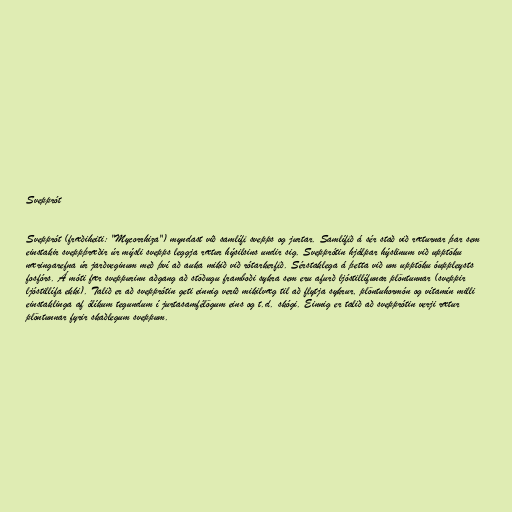
Svepprót

Svepprót (fræðiheiti: "Mycorrhiza") myndast við samlífi svepps og jurtar. Samlífið á sér stað við ræturnar þar sem
einstakir sveppþræðir úr mýsli svepps leggja rætur hýsilsins undir sig. Svepprótin hjálpar hýslinum við upptöku
næringarefna úr jarðveginum með því að auka mikið við rótarkerfið. Sérstaklega á þetta við um upptöku óuppleysts
fosfórs. Á móti fær sveppurinn aðgang að stöðugu framboði sykra sem eru afurð ljóstillífunar plöntunnar (sveppir
ljóstillífa ekki). Talið er að svepprótin geti einnig verið mikilvæg til að flytja sykrur, plöntuhormón og vítamín milli
einstaklinga af ólíkum tegundum í jurtasamfélögum eins og t.d. skógi. Einnig er talið að svepprótin verji rætur
plöntunnar fyrir skaðlegum sveppum.